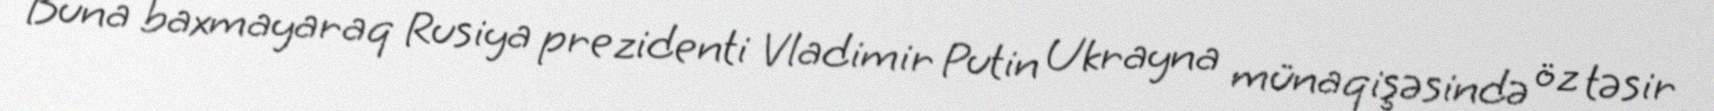
Buna baxmayaraq Rusiya prezidenti Vladimir Putin Ukrayna münaqişəsində öz təsir